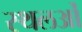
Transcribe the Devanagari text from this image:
स्थलओं